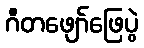
ဂီတဖျော်ဖြေပွဲ